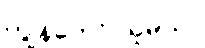
ကျွန်တော် ယူမယ်။